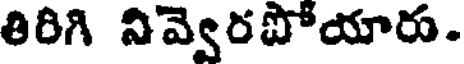
తిరిగి నివ్వెరపోయారు.